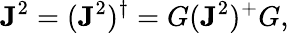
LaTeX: \mathbf{J}^{2}=(\mathbf{J}^{2})^{\dagger}=G(\mathbf{J}^{2})^{+}G,